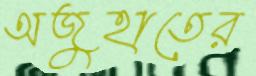
অজুহাতের